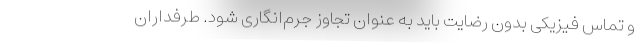
و تماس فیزیکی بدون رضایت باید به عنوان تجاوز جرم‌ا‌نگاری شود. طرفداران